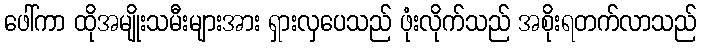
ဖေါ်ကာ ထိုအမျိုးသမီးများအား ရှားလှပေသည် ဖုံးလိုက်သည် အစိုးရတက်လာသည်